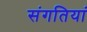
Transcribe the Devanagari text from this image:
संगतियां